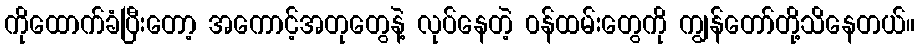
ကိုထောက်ခံပြီးတော့ အကောင့်အတုတွေနဲ့ လုပ်နေတဲ့ ၀န်ထမ်းတွေကို ကျွန်တော်တို့သိနေတယ်။